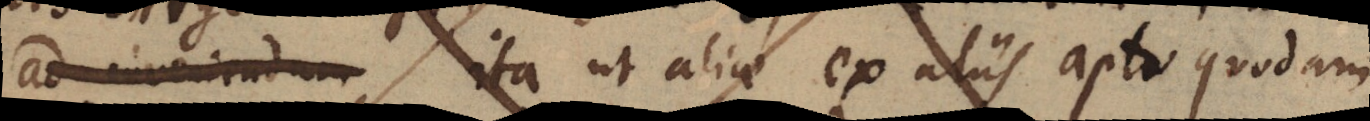
ad inveniendum ita ut aliae ex aliis apto quodam